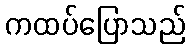
ကထပ်ပြောသည်